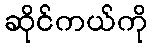
ဆိုင်ကယ်ကို